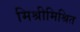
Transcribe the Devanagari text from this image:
मिश्रीमिश्रित